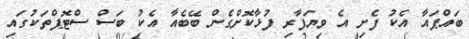
ބައްޕައާ އެކު ފެށި އެ ވިޔަފާރި ފުޅާކޮށްގެން ބޭބެއާ އެކު ބަސް ސްޓޮޕްތަކުގައި